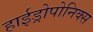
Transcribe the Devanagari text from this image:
हाईड्रोपोनिक्स